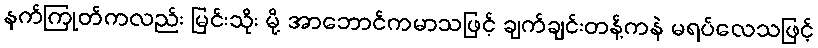
နက်ကြုတ်ကလည်း မြင်းသိုး မို့ အာဘောင်ကမာသဖြင့် ချက်ချင်းတန့်ကနဲ မရပ်လေသဖြင့်